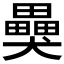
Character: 𤣂